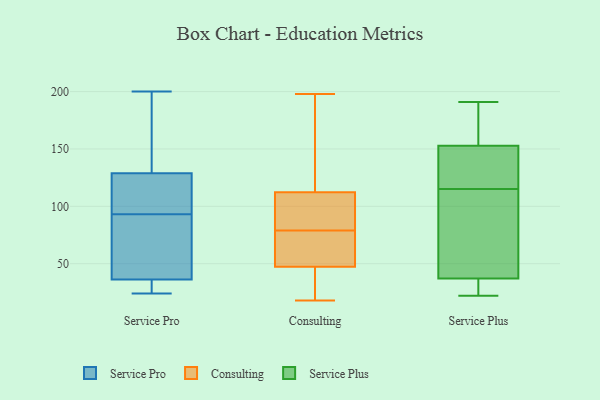
{"axis": {"x": "Waste Production (Tons)", "y": "Value"}, "legend": ["Consulting", "Service Plus", "Service Pro"], "data": [{"x": "", "y": 174, "type": "Service Pro"}, {"x": "", "y": 24, "type": "Service Pro"}, {"x": "", "y": 29, "type": "Service Pro"}, {"x": "", "y": 200, "type": "Service Pro"}, {"x": "", "y": 34, "type": "Service Pro"}, {"x": "", "y": 118, "type": "Service Pro"}, {"x": "", "y": 185, "type": "Service Pro"}, {"x": "", "y": 115, "type": "Service Pro"}, {"x": "", "y": 93, "type": "Service Pro"}, {"x": "", "y": 86, "type": "Service Pro"}, {"x": "", "y": 122, "type": "Service Pro"}, {"x": "", "y": 131, "type": "Service Pro"}, {"x": "", "y": 104, "type": "Service Pro"}, {"x": "", "y": 59, "type": "Service Pro"}, {"x": "", "y": 36, "type": "Service Pro"}, {"x": "", "y": 198, "type": "Service Pro"}, {"x": "", "y": 30, "type": "Service Pro"}, {"x": "", "y": 90, "type": "Service Pro"}, {"x": "", "y": 37, "type": "Service Pro"}, {"x": "", "y": 78, "type": "Consulting"}, {"x": "", "y": 51, "type": "Consulting"}, {"x": "", "y": 198, "type": "Consulting"}, {"x": "", "y": 36, "type": "Consulting"}, {"x": "", "y": 34, "type": "Consulting"}, {"x": "", "y": 18, "type": "Consulting"}, {"x": "", "y": 86, "type": "Consulting"}, {"x": "", "y": 164, "type": "Consulting"}, {"x": "", "y": 70, "type": "Consulting"}, {"x": "", "y": 95, "type": "Consulting"}, {"x": "", "y": 79, "type": "Consulting"}, {"x": "", "y": 87, "type": "Consulting"}, {"x": "", "y": 196, "type": "Consulting"}, {"x": "", "y": 22, "type": "Service Plus"}, {"x": "", "y": 170, "type": "Service Plus"}, {"x": "", "y": 127, "type": "Service Plus"}, {"x": "", "y": 36, "type": "Service Plus"}, {"x": "", "y": 33, "type": "Service Plus"}, {"x": "", "y": 131, "type": "Service Plus"}, {"x": "", "y": 160, "type": "Service Plus"}, {"x": "", "y": 172, "type": "Service Plus"}, {"x": "", "y": 40, "type": "Service Plus"}, {"x": "", "y": 97, "type": "Service Plus"}, {"x": "", "y": 191, "type": "Service Plus"}, {"x": "", "y": 34, "type": "Service Plus"}, {"x": "", "y": 115, "type": "Service Plus"}, {"x": "", "y": 98, "type": "Service Plus"}, {"x": "", "y": 123, "type": "Service Plus"}]}